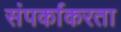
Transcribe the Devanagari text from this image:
संपर्काकरता